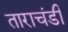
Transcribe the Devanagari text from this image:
ताराचंडी